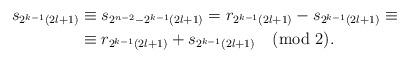
LaTeX: \begin{align*}s_{2^{k-1}(2l+1)}&\equiv s_{2^{n-2}-2^{k-1}(2l+1)}=r_{2^{k-1}(2l+1)}-s_{2^{k-1}(2l+1)}\equiv\\&\equiv r_{2^{k-1}(2l+1)}+s_{2^{k-1}(2l+1)}\pmod{2}.\end{align*}